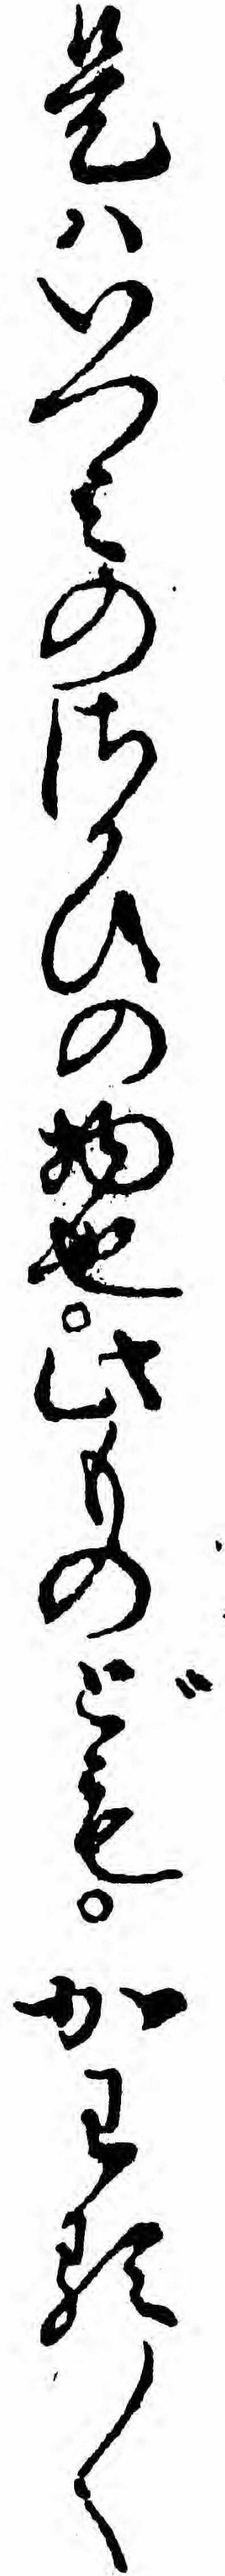
是ハいつミのさかひの物也此ものどもかわる〱